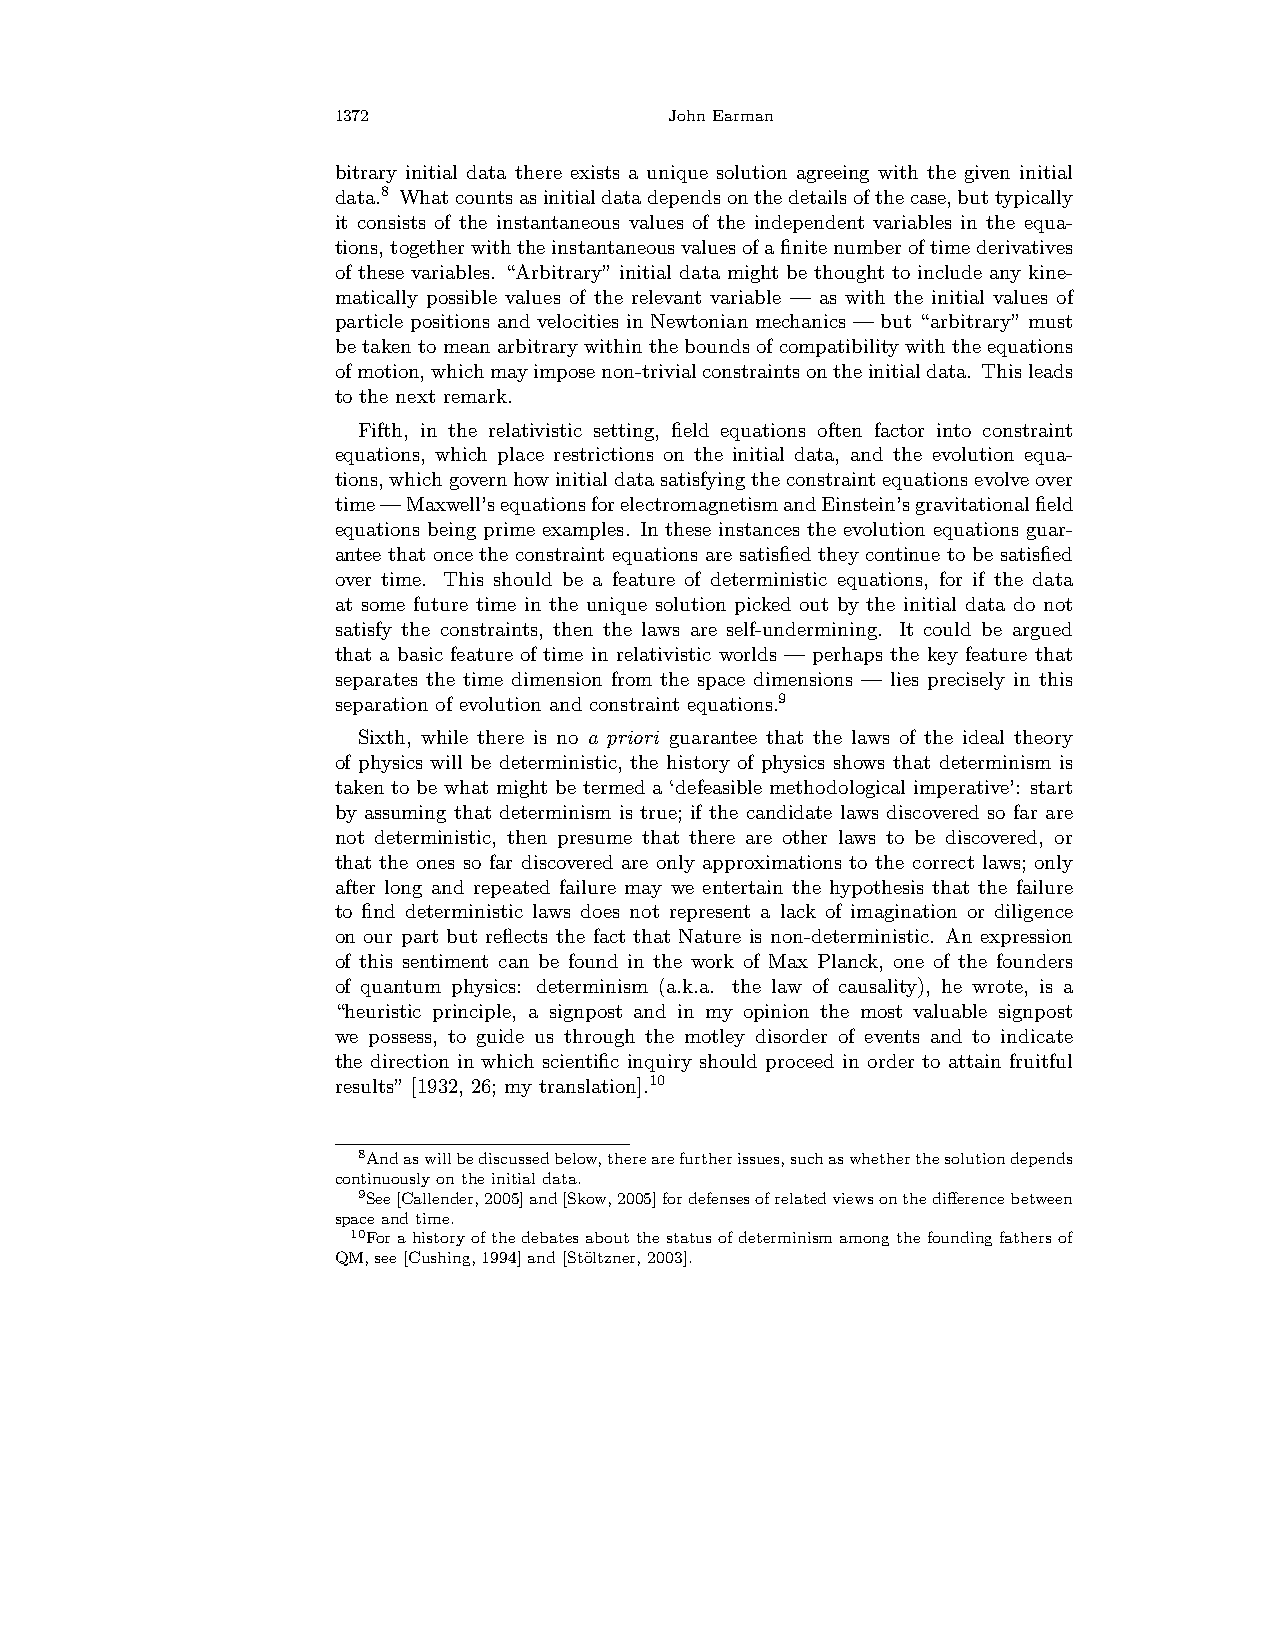
1372                  JohnEarman
 bitrary initial data there exists a unique solution agreeing with the given initial
 data.8 Whatcountsasinitialdatadependsonthedetailsofthecase,buttypically
 it consists of the instantaneous values of the independent variables in the equa-
 tions,togetherwiththeinstantaneousvaluesofafinitenumberoftimederivatives
 of these variables. “Arbitrary” initial data might be thought to include any kine-
 matically possible values of the relevant variable — as with the initial values of
 particle positions and velocities in Newtonian mechanics — but “arbitrary” must
 be taken to mean arbitrary within the bounds of compatibility with the equations
 ofmotion,whichmayimposenon-trivialconstraintsontheinitialdata. Thisleads
 to the next remark.
 Fifth, in the relativistic setting, field equations often factor into constraint
 equations, which place restrictions on the initial data, and the evolution equa-
 tions,whichgovernhowinitialdatasatisfyingtheconstraintequationsevolveover
 time—Maxwell’sequationsforelectromagnetismandEinstein’sgravitationalfield
 equations being prime examples. In these instances the evolution equations guar-
 antee that once the constraint equations are satisfied they continue to be satisfied
 over time. This should be a feature of deterministic equations, for if the data
 at some future time in the unique solution picked out by the initial data do not
 satisfy the constraints, then the laws are self-undermining. It could be argued
 that a basic feature of time in relativistic worlds — perhaps the key feature that
 separates the time dimension from the space dimensions — lies precisely in this
 separation of evolution and constraint equations.9
 Sixth, while there is no a priori guarantee that the laws of the ideal theory
 of physics will be deterministic, the history of physics shows that determinism is
 taken to be what might be termed a ‘defeasible methodological imperative’: start
 by assuming that determinism is true; if the candidate laws discovered so far are
 not deterministic, then presume that there are other laws to be discovered, or
 that the ones so far discovered are only approximations to the correct laws; only
 after long and repeated failure may we entertain the hypothesis that the failure
 to find deterministic laws does not represent a lack of imagination or diligence
 on our part but reflects the fact that Nature is non-deterministic. An expression
 of this sentiment can be found in the work of Max Planck, one of the founders
 of quantum physics: determinism (a.k.a. the law of causality), he wrote, is a
 “heuristic principle, a signpost and in my opinion the most valuable signpost
 we possess, to guide us through the motley disorder of events and to indicate
 the direction in which scientific inquiry should proceed in order to attain fruitful
 results” [1932, 26; my translation].10
 8Andaswillbediscussedbelow,therearefurtherissues,suchaswhetherthesolutiondepends
 continuouslyontheinitialdata.
 9See[Callender,2005]and[Skow,2005]fordefensesofrelatedviewsonthedifferencebetween
 spaceandtime.
 10Forahistoryofthedebatesaboutthestatusofdeterminismamongthefoundingfathersof
 QM,see[Cushing,1994]and[St¨oltzner,2003].